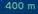
400